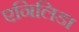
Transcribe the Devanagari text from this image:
एनिलिडा